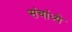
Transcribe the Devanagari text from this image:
संचांध्ये